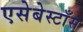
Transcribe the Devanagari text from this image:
एसेबेस्टाँस